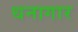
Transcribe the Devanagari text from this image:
धनागार